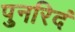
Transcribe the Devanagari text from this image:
पुनरिदं